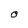
Character: O